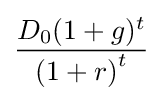
{\frac {D_{0}(1+g)^{t}}{{(1+r)}^{t}}}